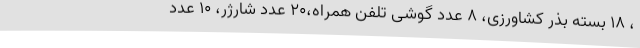
، 18 بسته بذر کشاورزی، 8 عدد گوشی تلفن همراه،20 عدد شارژر، 10 عدد